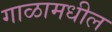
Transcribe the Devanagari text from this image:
गाळामधील